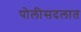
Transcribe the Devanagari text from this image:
पोलीसदलात